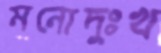
মনোদুঃখ